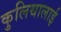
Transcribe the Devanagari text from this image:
कुलिथालाई